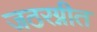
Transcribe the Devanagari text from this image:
जठरग्नीत